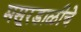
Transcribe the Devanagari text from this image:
मसूरडाळीचे